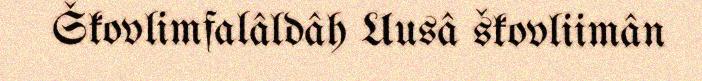
Škovlimfalâldâh Uusâ škovliimân